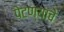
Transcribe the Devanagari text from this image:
पेटण्याचे